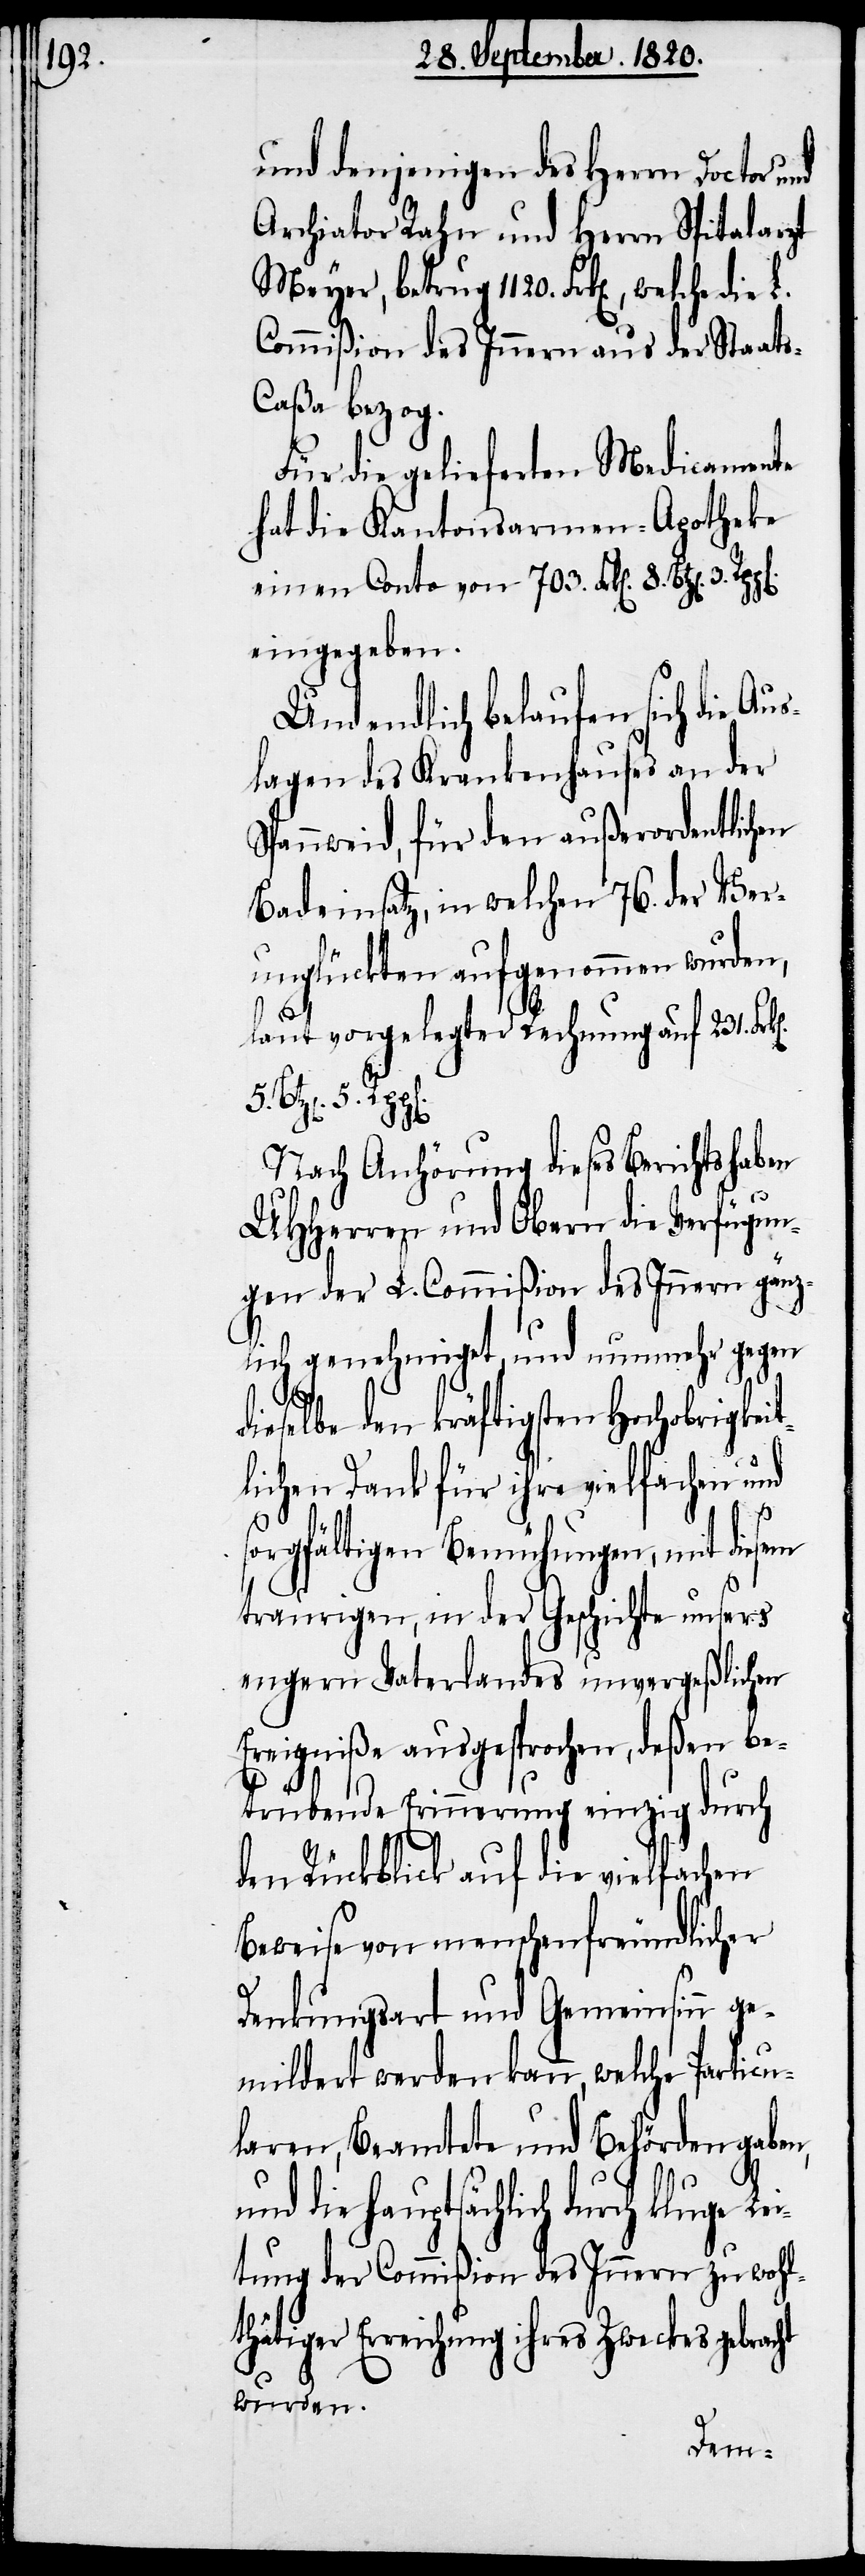
und denjenigen des Herren Doctor
Archiator Rahn und Herrn Spitalarzt
Meyer, betrug 1120. Frk[en]., welche die
Commißion des Innern aus der Staat¬
s-Caßa bezog.
Für die gelieferten Medicamente
hat die Kantonsarmen-Apotheke
einen Conto von 703. Frk[en]. 8.
eingegeben.
Und endlich belaufen sich die Aus¬
lagen des Krankenhauses an der
Spannweid, für den außerordentlichen
Badeinsatz, in welchen 76. der Ver¬
unglückten aufgenommen wurden,
5.
laut vorgelegter Rechnung auf 231.
Nach Anhörung dieses Berichts haben
UHHerren und Obern die Verfügun¬
gen der L. Commißion des Innern gänz¬
lich genehmiget, und nunmehr gegen
ht
dieselbe den kräftigsten Hochobrigkeit¬
lichen Dank für ihre vielfachen und
sorgfältigen Bemühungen, mit diesem
traurigen, in der Geschichte unsers
engern Vaterlandes unvergeßlichen
Ereigniße ausgesprochen, deßen be¬
trübende Erinnerung einzig durch
den Rückblick auf die vielfachen
Beweise von menschenfreundlicher
Denkungsart und Gemeinsinn ge¬
mildert werden kann, welche Particu¬
laren, Beamtete und Behörden gaben,
und die hauptsächlich durch kluge
tung der Commißion des Innern zu wohl¬
thätigen Erreichung ihres Zweckes gebrac¬
wurden.